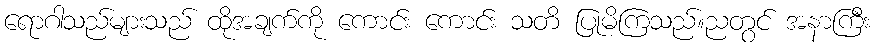
ရောဂါသည်များသည် ထိုအချက်ကို ကောင်း ကောင်း သတိ ပြုမိကြသည်။ညတွင် အနာကြီး